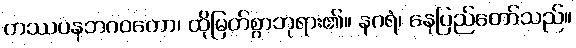
တဿပနဘဂဝတော၊ ထိုမြတ်စွာဘုရား၏။ နဂရံ၊ နေပြည်တော်သည်။